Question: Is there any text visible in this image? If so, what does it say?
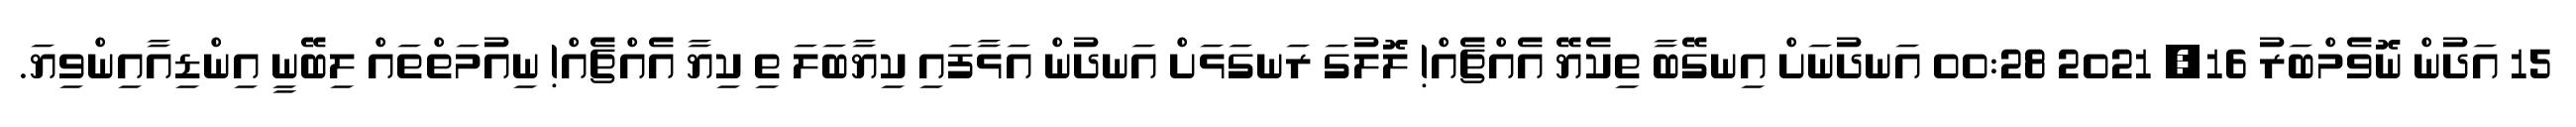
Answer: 15 އަދުން ނޮވެމްބަރު 16, 2021 00:28 އަނދުނަށް އިނގޭބާ ތިކެޔޭ އެއްޗެއް! ލޮލުގަ ރަނގަޅަށް އަނދުން އަޅާފައި ކިޔާބަލަ ތި ކިޔާ އެއްޗެއް! ނިއުމަތްތައް ލިބޭނީ އިންޑިއާއިންވިޔަ.